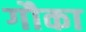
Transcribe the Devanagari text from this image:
गौका